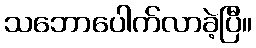
သဘောပေါက်လာခဲ့ပြီ။